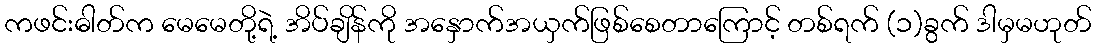
ကဖင်းဓါတ်က မေမေတို့ရဲ့ အိပ်ချိန်ကို အနှောက်အယှက်ဖြစ်စေတာကြောင့် တစ်ရက် (၁)ခွက် ဒါမှမဟုတ်